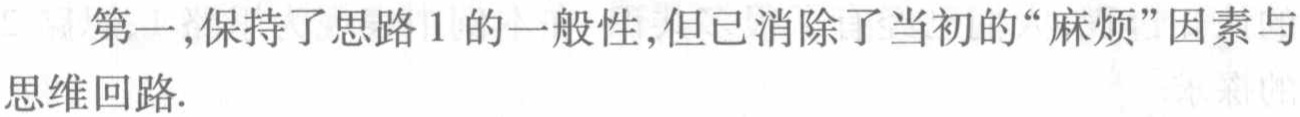
第一,保持了思路 1 的一般性,但已消除了当初的“麻烦”因素与思维回路.